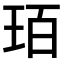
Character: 𤤿